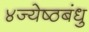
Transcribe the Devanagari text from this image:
४ज्येष्ठबंधु